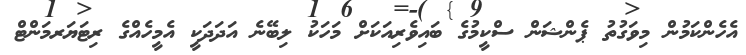
އެހެންކަމުން މިވަގުތު ޕެންޝަން ސްކީމުގެ ބައިވެރިއަކަށް މަހަކު ލިބޭނެ އަދަދަކީ އެމީހެއްގެ ރިޓަޔަރމަންޓް